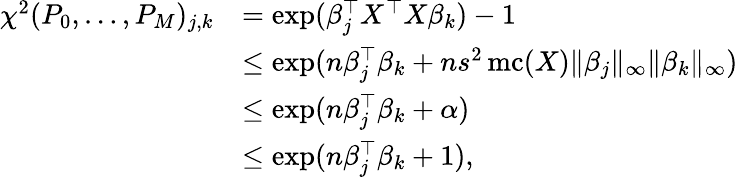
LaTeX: \begin{array}{rl}{\chi^{2}(P_{0},\dots,P_{M})_{j,k}}&{=\exp(\beta_{j}^{\top}X^{\top}X\beta_{k})-1}\\ &{\leq\exp(n\beta_{j}^{\top}\beta_{k}+ns^{2}\operatorname{mc}(X)\| \beta_{j}\| _{\infty}\| \beta_{k}\| _{\infty})}\\ &{\leq\exp(n\beta_{j}^{\top}\beta_{k}+\alpha)}\\ &{\leq\exp(n\beta_{j}^{\top}\beta_{k}+1),}\end{array}